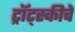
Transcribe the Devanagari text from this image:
ट्रॉट्स्कीचे